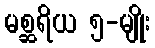
မစ္ဆရိယ ၅-မျိုး